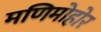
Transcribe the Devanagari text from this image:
मणिमोहोर